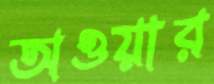
অওয়ার